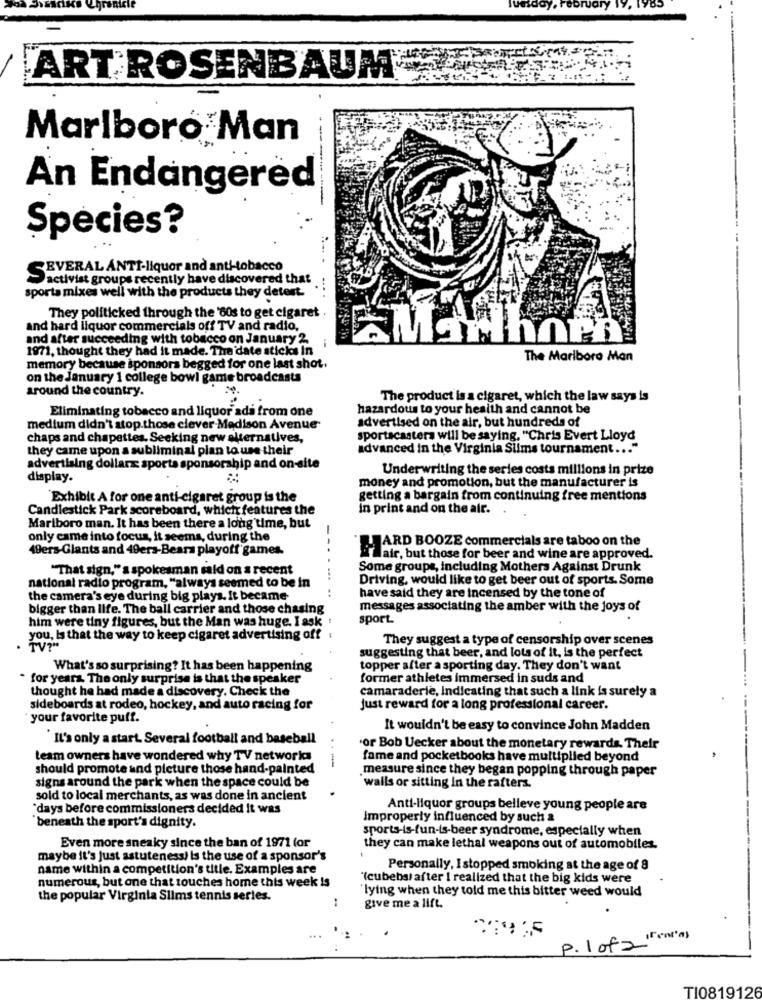
ruary 19, 1985
ART ROSENBAUM
Marlboro Man
An Endangered
Species?
EVERAL ANTI-liquor and anti-tobacco
activist groups recently have discovered that
sporta mixes well with the products they detert.
They politicked through the '80s to get cigaret .
and hard liquor commercials off TV and radio,
and after succeeding with tobacco on January 2.
1971, thought they had it made. The date sticks In
The Marlboro Man
memory because sponsors begged for one last shot.
on the January 1 college bowl game broadcasts
around the country.
The product is a cigaret, which the law says is
Eliminating tobacco and liquor ada from one
hazardous to your health and cannot be
advertised on the air, but hundreds of
medium didn't stop.those clever-Madison Avenue
chaps and chapettes. Seeking new alternatives,
sportscasters will be saying, "Chris Evert Lloyd
they came upon a subliminal plan to use their
advanced in the Virginia Silms tournament ... "
advertising dollarx sports sponsorship and on-site
Underwriting the series costs millions in prize
display.
money and promotion, but the manufacturer is
Exhibit A for one anti-cigaret group is the
getting a bargain from continuing free mentions
Candlestick Park scoreboard, which features the
in print and on the air.
Marlboro man. It has been there a long time, but
only came into focus, it seems, during the
--
49ers-Glants and 49ers-Bears playoff games.
HARD BOOZE commercials are taboo on the
hair, but those for beer and wine are approved.
"That sign," a spokesman said on a recent
Some groups, including Mothers Against Drunk
national radio program, "always seemed to be in
Driving, would like to get beer out of sports. Some
the camera's eye during big plays. It became
have said they are incensed by the tone of
bigger than life. The ball carrier and those chasing
messages associating the amber with the joys of
him were tiny figures, but the Man was huge. I ask
sport.
you, Is that the way to keep cigaret advertising off
They suggest a type of censorship over scenes
. TV?"
suggesting that beer, and lots of it, is the perfect
What's so surprising? It has been happening
topper after a sporting day. They don't want
for years. The only surprise is that the speaker
former athletes Immersed in suds and
thought he had made a discovery. Check the
camaraderie, Indicating that such a link is surely a
sideboards at rodeo, hockey, and auto racing for
Just reward for a long professional career.
your favorite puff.
It wouldn't be easy to convince John Madden
It's only a start. Several football and baseball
"or Bob Uecker about the monetary rewards. Their
team owners have wondered why TV networks
---
fame and pocketbooks have multiplied beyond
should promote and picture those hand-painted
measure since they began popping through paper
signs around the park when the space could be
walls or sitting In the rafters.
sold to local merchants, as was done in ancient
"days before commissioners decided it was
Anti-liquor groups belleve young people are
Improperly influenced by such a
'beneath the sport's dignity.
sports-is-fun-is-beer syndrome, especially when
Even more sneaky since the ban of 1971 for
they can make lethal weapons out of automobiles.
maybe it's just astuteness) is the use of a sponsor's
name within a competition's title. Examples are
Personally, I stopped smoking at the age of 8
numerous, but one that touches home this week is
'(cubebs) after I realized that the big kids were
'lying when they told me this bitter weed would
the popular Virginia Slims tennis series.
give me a lift.
P. 1 of2 "")
TI0819126